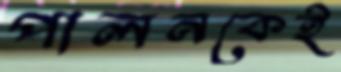
পালনকেই